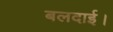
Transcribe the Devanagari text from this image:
बलदाई।